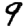
Digit: 9